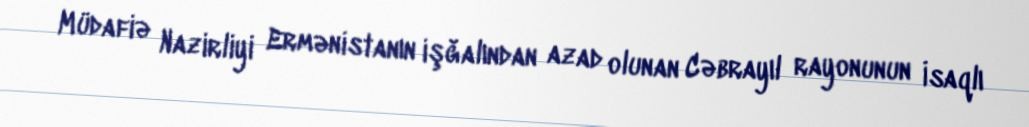
Müdafiə Nazirliyi Ermənistanın işğalından azad olunan Cəbrayıl rayonunun İsaqlı